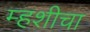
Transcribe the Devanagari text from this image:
म्हशीचा